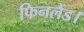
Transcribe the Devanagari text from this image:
फिनलैंड।